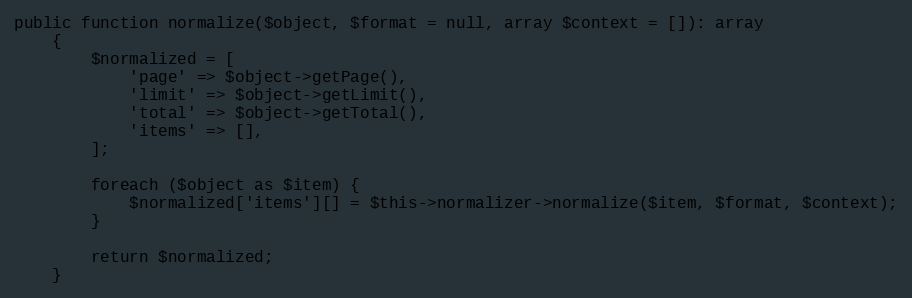
Language: PHP
public function normalize($object, $format = null, array $context = []): array
    {
        $normalized = [
            'page' => $object->getPage(),
            'limit' => $object->getLimit(),
            'total' => $object->getTotal(),
            'items' => [],
        ];

        foreach ($object as $item) {
            $normalized['items'][] = $this->normalizer->normalize($item, $format, $context);
        }

        return $normalized;
    }